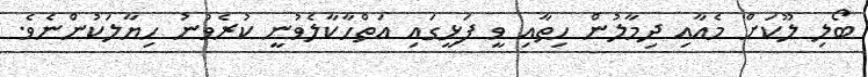
ބޯލި ލޫކަށް މެއާއި ދިމާލުން ހިތާއި ވީ ފަޅީގައި އަތްހާކާލެވުނީ ކުރެވުނު ހިޔާލަކުންނެވެ.